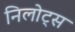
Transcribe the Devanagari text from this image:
निलोट्स